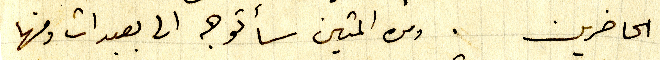
الحاضرين. ومن المتين سأتوجه الى بعبدات ومنها